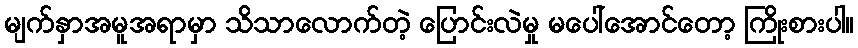
မျက်နှာအမူအရာမှာ သိသာလောက်တဲ့ ပြောင်းလဲမှု မပေါ်အောင်တော့ ကြိုးစားပါ။